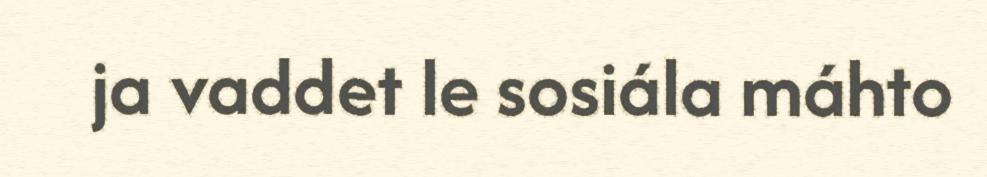
ja vaddet le sosiála máhto